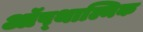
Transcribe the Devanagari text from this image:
ऑप्थाल्मिक